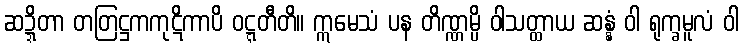
ဆဍ္ဍိတာ တတြဋ္ဌကကုဋိကာပိ ဝဋ္ဋတီတိ။ ဣမေသံ ပန တိဏ္ဏမ္ပိ ဝါသတ္ထာယ ဆန္နံ ဝါ ရုက္ခမူလံ ဝါ